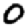
Digit: 0